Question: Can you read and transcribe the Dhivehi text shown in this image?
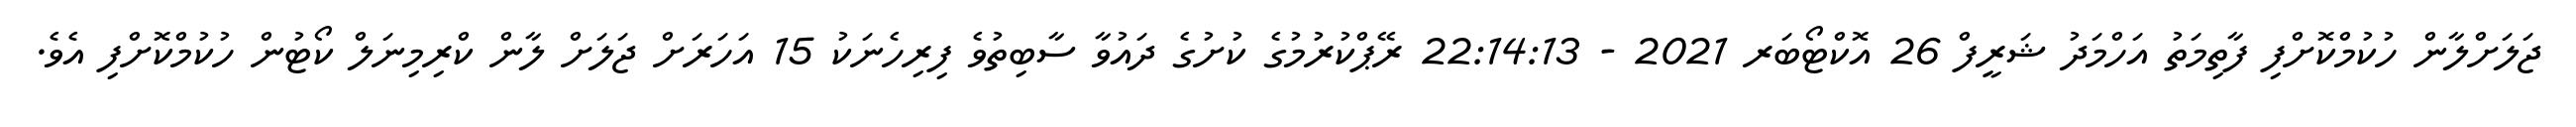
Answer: ޖަލަށްލާން ހުކުމްކޮށްފި ފާތިމަތު އަހްމަދު ޝަރީފް 26 އޮކްޓޯބަރ 2021 - 22:14:13 ރޭޕްކުރުމުގެ ކުށުގެ ދައުވާ ސާބިތުވެ ފިރިހެނަކު 15 އަހަރަށް ޖަލަށް ލާން ކްރިމިނަލް ކޯޓުން ހުކުމްކޮށްފި އެވެ.